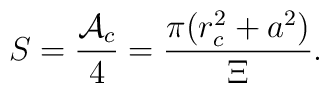
S=\frac{\mathcal{A}_c}4=\frac{\pi (r_c^2+a^2)}\Xi .